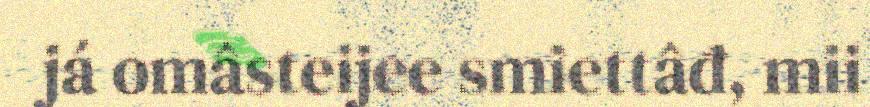
já omâsteijee smiettâđ, mii